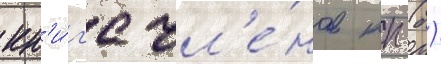
кн'и́г'е чл'е́нов кп (б)